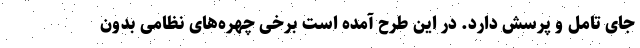
جای تامل و پرسش دارد. در این طرح آمده است برخی چهره‌های نظامی بدون